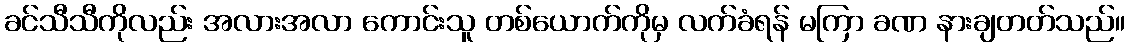
ခင်သီသီကိုလည်း အလားအလာ ကောင်းသူ တစ်ယောက်ကိုမှ လက်ခံရန် မကြာ ခဏ နားချတတ်သည်။